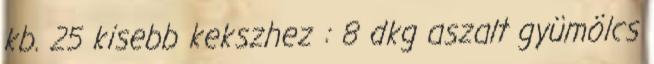
kb. 25 kisebb kekszhez : 8 dkg aszalt gyümölcs